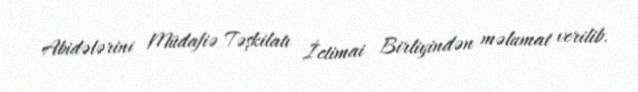
Abidələrini Müdafiə Təşkilatı İctimai Birliyindən məlumat verilib.